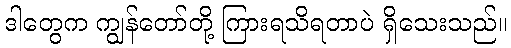
ဒါတွေက ကျွန်တော်တို့ ကြားရသိရတာပဲ ရှိသေးသည်။